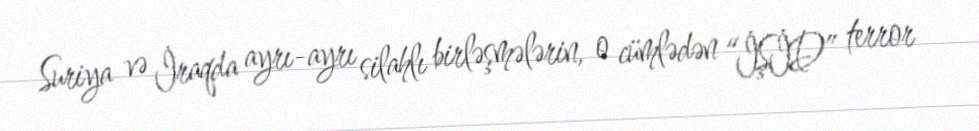
Suriya və İraqda ayrı-ayrı silahlı birləşmələrin, o cümlədən “İŞİD” terror